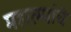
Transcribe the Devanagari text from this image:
महात्म्यांचे